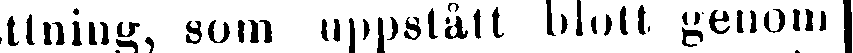
rättning, som uppstått blott genom